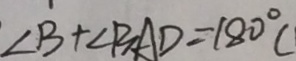
\angle B + \angle B A D = 1 8 0 ^ { \circ } C